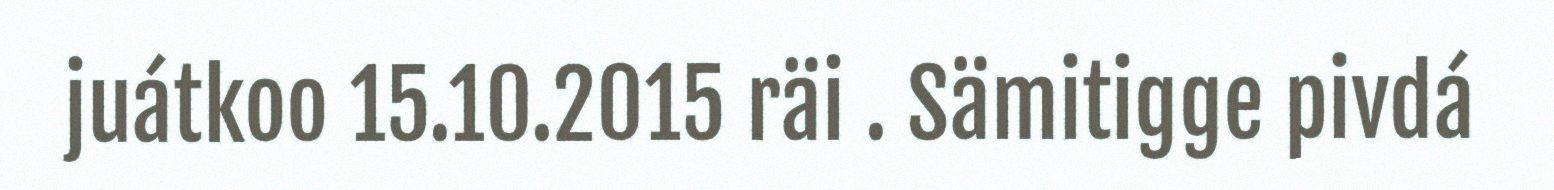
juátkoo 15.10.2015 räi . Sämitigge pivdá